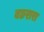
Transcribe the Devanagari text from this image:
बछरारा